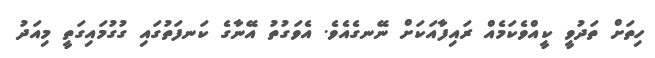
ހިތަށް ތަދުވީ ކީއްވެކަމެއް ރައިފާއަކަށް ނޭނގެއެވެ. އެވަގުތު އޭނާގެ ކަނފަތުގައި ގުގުމައިގަތީ މިއަދު